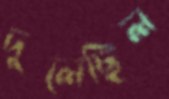
দুলেছিল